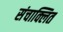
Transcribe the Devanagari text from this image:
संचाक्लित